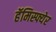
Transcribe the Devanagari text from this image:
हॅमिस्फ्येर